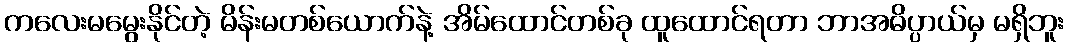
ကလေးမမွေးနိုင်တဲ့ မိန်းမတစ်ယောက်နဲ့ အိမ်ထောင်တစ်ခု ထူထောင်ရတာ ဘာအဓိပ္ပာယ်မှ မရှိဘူး